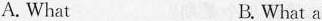
A. What B. What a